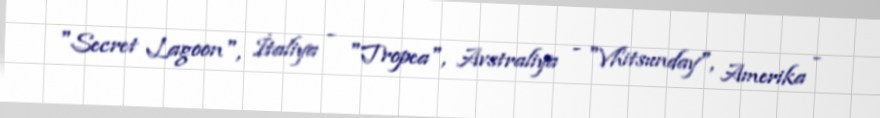
"Secret Lagoon", İtaliya - "Tropea", Avstraliya - "Vhitsunday", Amerika -